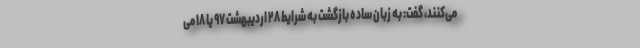
می‌‌کنند، گفت: به زبان ساده بازگشت به شرایط ۲۸ اردیبهشت ۹۷ یا ۱۸ می